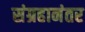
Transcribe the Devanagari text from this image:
संग्रहानंतर